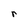
Character: r